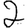
Digit: 2